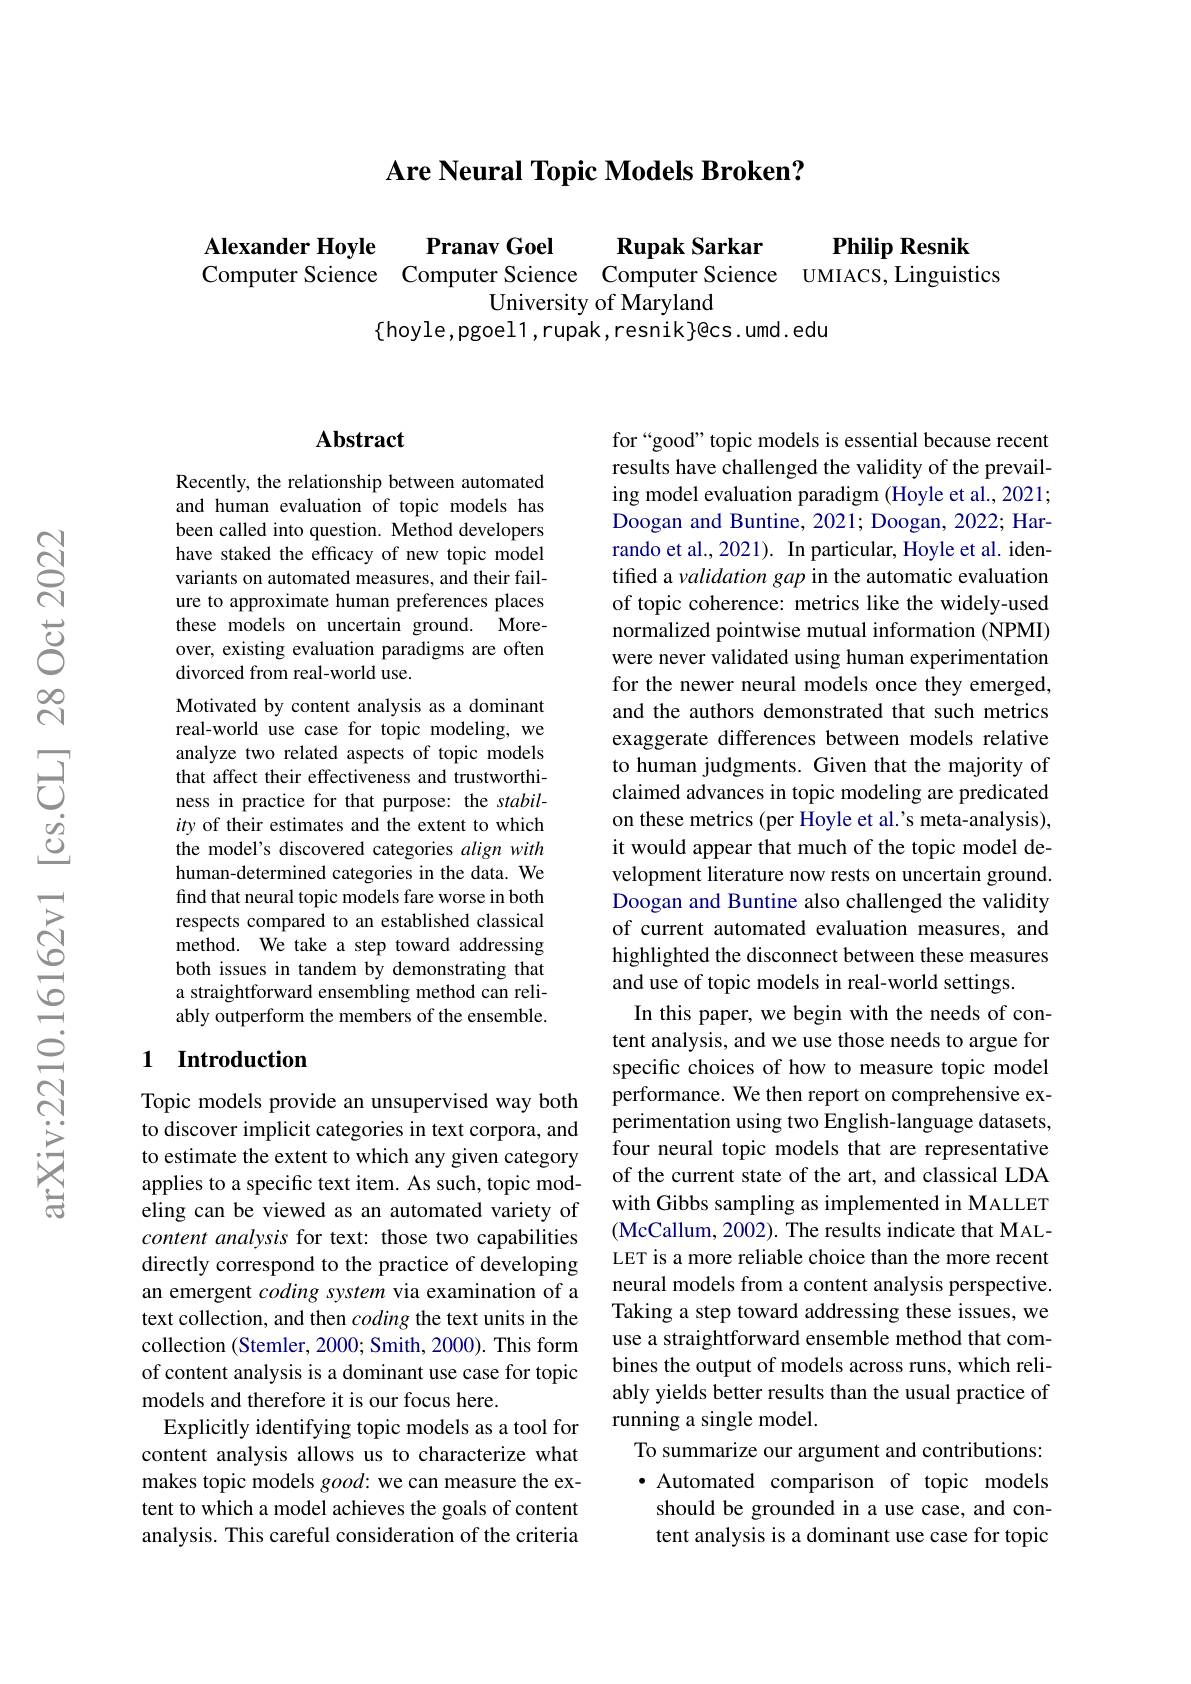
$\textbf{Are Neural Topic Models Broken? }$

Alexander Hoyle Pranav Goel Rupak Sarkar Philip Resnik Computer Science Computer Science UMIACS,Linguistics
University of Maryland
$\{$hoyle,pgoel1,rupak,resnik$\}$@cs.umd.edu

## Abstract

Recently, the relationship between automated and human evaluation of topic models has been called into question. Method developers have staked the efficacy of new topic model variants on automated measures, and their failure to approximate human preferences places these models on uncertain ground. Moreover, existing evaluation paradigms are often divorced from real-world use.
Motivated by content analysis as a dominant real-world use case for topic modeling, we analyze two related aspects of topic models that affect their effectiveness and trustworthiness in practice for that purpose: the stability of their estimates and the extent to which the model's discovered categories align with human-determined categories in the data. We find that neural topic models fare worse in both respects compared to an established classical method. We take a step toward addressing both issues in tandem by demonstrating that a straightforward ensembling method can reliably outperform the members of the ensemble.

## 1 Introduction

Topic models provide an unsupervised way both to discover implicit categories in text corpora, and to estimate the extent to which any given category applies to a specific text item. As such, topic modeling can be viewed as an automated variety of content analysis for text: those two capabilities directly correspond to the practice of developing an emergent coding system via examination of a text collection, and then coding the text units in the collection (Stemler, 2000; Smith, 2000). This form of content analysis is a dominant use case for topic models and therefore it is our focus here.
Explicitly identifying topic models as a tool for content analysis allows us to characterize what makes topic models good: we can measure the extent to which a model achieves the goals of content analysis. This careful consideration of the criteria

for“good” topic models is essential because recent results have challenged the validity of the prevailing model evaluation paradigm (Hoyle et al., 2021; Doogan and Buntine, 2021; Doogan, 2022; Harrando et al., 2021). In particular, Hoyle et al. identified a validation gap in the automatic evaluation of topic coherence: metrics like the widely-used normalized pointwise mutual information (NPMI) were never validated using human experimentation for the newer neural models once they emerged, and the authors demonstrated that such metrics exaggerate differences between models relative to human judgments. Given that the majority of claimed advances in topic modeling are predicated on these metrics (per Hoyle et al.'s meta-analysis), it would appear that much of the topic model development literature now rests on uncertain ground. Doogan and Buntine also challenged the validity of current automated evaluation measures, and highlighted the disconnect between these measures and use of topic models in real-world settings.
In this paper, we begin with the needs of content analysis, and we use those needs to argue for specific choices of how to measure topic model performance. We then report on comprehensive experimentation using two English-language datasets, four neural topic models that are representative of the current state of the art, and classical LDA with Gibbs sampling as implemented in MALLET (McCallum, 2002). The results indicate that MALLET is a more reliable choice than the more recent neural models from a content analysis perspective. Taking a step toward addressing these issues, we use a straightforward ensemble method that combines the output of models across runs, which reliably yields better results than the usual practice of running a single model.
To summarize our argument and contributions: ·Automated comparison of topic models should be grounded in a use case, and content analysis is a dominant use case for topic